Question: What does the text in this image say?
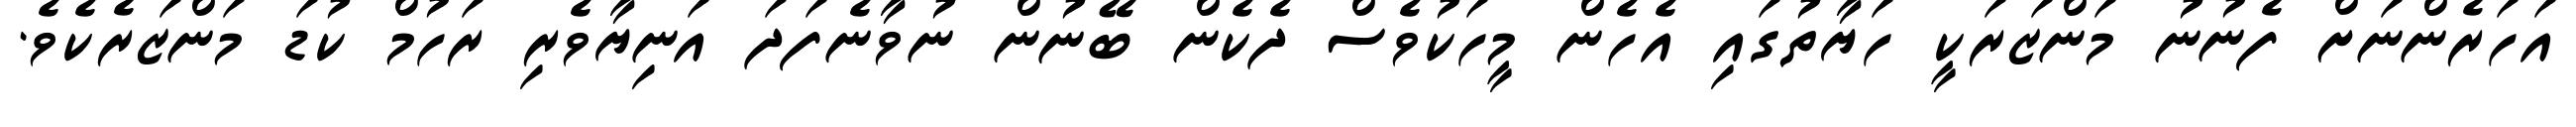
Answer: އަހަރެންނަށް ފެނުނު މަންޒަރަކީ ހަޔާތުގައި އެހެން މީހަކުވެސް ދެކެން ބޭނުން ނުވާނެފަދަ އަނިޔާވެރި ރަހުމް ކުޑަ މަންޒަރެކެވެ.